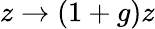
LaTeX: z\rightarrow(1+g)z